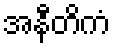
အနီတိကံ